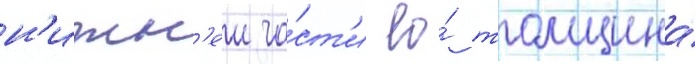
н'ижн'еи ча́ст'и ео́ толщина́